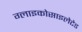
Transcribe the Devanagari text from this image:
ग्लाइकोसाइलेटेड